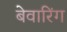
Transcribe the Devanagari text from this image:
बेवारिंग